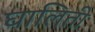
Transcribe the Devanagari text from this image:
घालिती